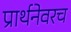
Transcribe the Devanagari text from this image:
प्रार्थनेवरच